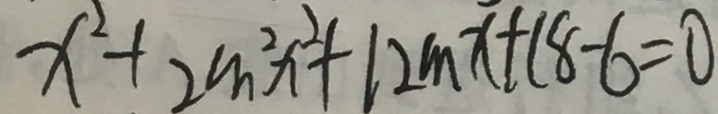
x ^ { 2 } + 2 m ^ { 2 } x ^ { 2 } + 1 2 m x + 1 8 - 6 = 0